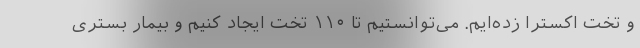
و تخت اکسترا زده‌ایم. می‌توانستیم تا ۱۱۰ تخت ایجاد کنیم و بیمار بستری